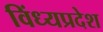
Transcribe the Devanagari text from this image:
विंध्यप्रदेश